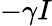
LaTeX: -\gamma I